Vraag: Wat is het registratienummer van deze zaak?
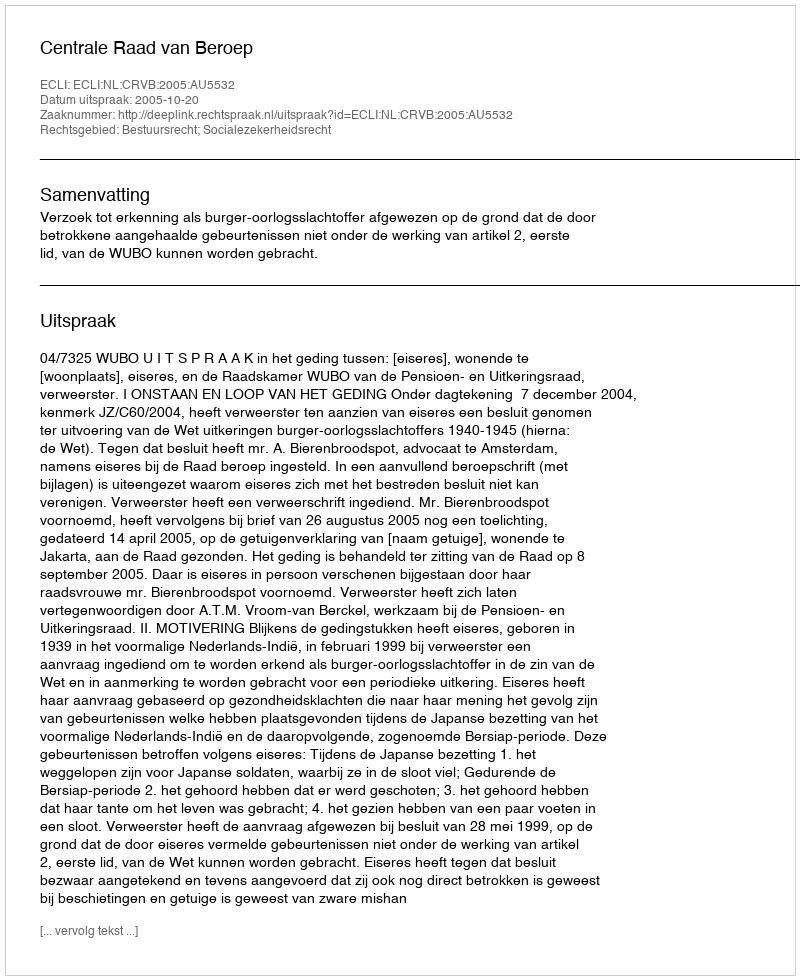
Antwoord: http://deeplink.rechtspraak.nl/uitspraak?id=ECLI:NL:CRVB:2005:AU5532